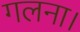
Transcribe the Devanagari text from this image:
गलना।